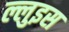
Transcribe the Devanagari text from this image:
ल्लुइस